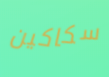
سكاكين